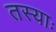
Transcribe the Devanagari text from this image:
तस्याः